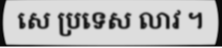
សេ ប្រទេស លាវ ។